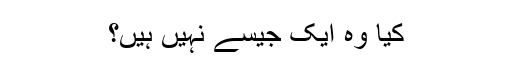
کیا وہ ایک جیسے نہیں ہیں؟